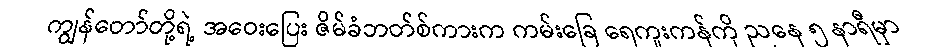
ကျွန်တော်တို့ရဲ့ အဝေးပြေး ဇိမ်ခံဘတ်စ်ကားက ကမ်းခြေ ရေကူးကန်ကို ညနေ ၅ နာရီမှာ